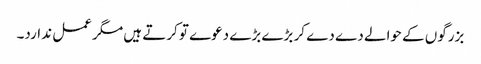
بزرگوں کے حوالے دے دے کر بڑے بڑے دعوے تو کرتے ہیں مگر عمل ندارد۔